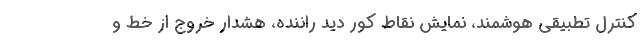
کنترل تطبیقی هوشمند، نمایش نقاط کور دید راننده، هشدار خروج از خط و